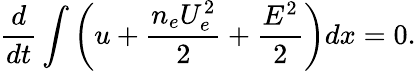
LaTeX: \frac{d}{dt}\int\left(u+\frac{n_{e}U_{e}^{2}}{2}+\frac{E^{2}}{2}\right)dx=0.